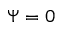
\Psi = 0